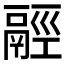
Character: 𩰹